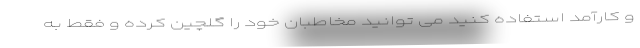
و کارآمد استفاده کنید می توانید مخاطبان خود را گلچین کرده و فقط به